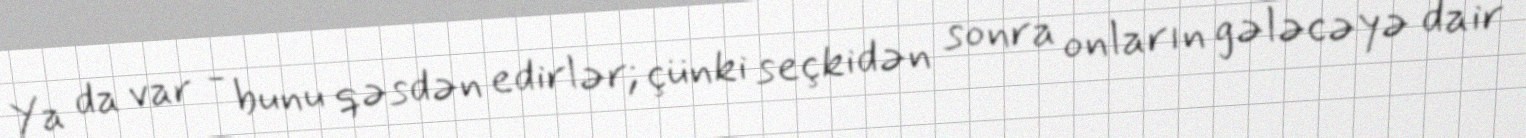
Ya da var - bunu qəsdən edirlər; çünki seçkidən sonra onların gələcəyə dair